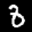
Label: 8